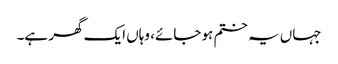
جہاں یہ ختم ہو جائے، وہاں ایک گھر ہے۔